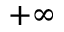
+ \infty